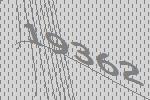
19362